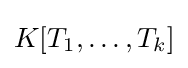
K[T_{1},\dots ,T_{k}]